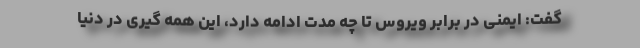
گفت: ایمنی در برابر ویروس تا چه مدت ادامه دارد، این همه گیری در دنیا